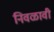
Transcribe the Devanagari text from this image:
निवळावी